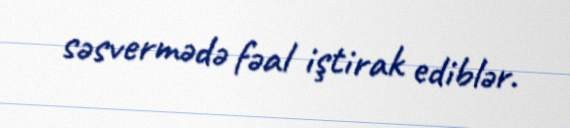
səsvermədə fəal iştirak ediblər.